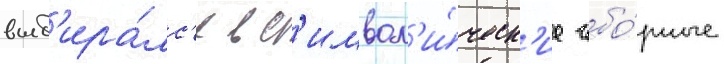
выб'ира́лс'я в с'имвол'и́ческ'ие сбо́рные